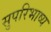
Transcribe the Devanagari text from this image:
सुपरिभाष्य